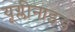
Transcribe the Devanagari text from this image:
यूग्लीनाइड